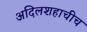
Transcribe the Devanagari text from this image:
अदिलशहाचीच